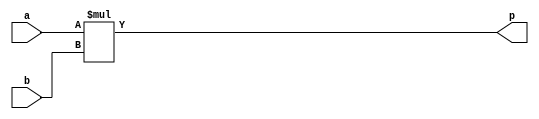
module hls_xfft2real_mul_32s_32s_63_1_1_Multiplier_0(a, b, p);
input[32 - 1 : 0] a; 
input[32 - 1 : 0] b; 
output[63 - 1 : 0] p;

assign p = $signed(a) * $signed(b);
endmodule